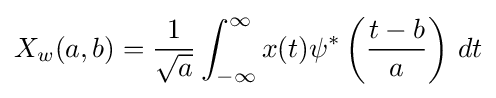
X_{w}(a,b)={\frac {1}{\sqrt {a}}}\int _{-\infty }^{\infty }x(t)\psi ^{\ast }\left({\frac {t-b}{a}}\right)\,dt